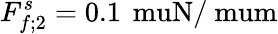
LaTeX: F_{f;2}^{s}=0.1\, \mathrm{\ muN/\ mum}